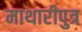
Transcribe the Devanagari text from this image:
माथारीपुत्र